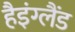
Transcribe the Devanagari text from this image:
हैइंग्लैंड